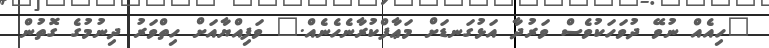
"ހިއެއް ނުވޭ ދުވަހަކުވެސް ވަރުދާ އަޅުގަނޑަށް މަޢާފްކުރާނެހެނެއް." ވަފިއްޔާއަށް ހިތްވަރު ދިނުމުގެ ގޮތުން